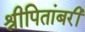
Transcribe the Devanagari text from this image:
श्रीपितांबरी